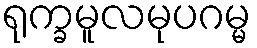
ရုက္ခမူလမုပဂမ္မ